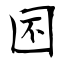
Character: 囨